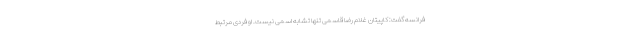
فرانسه گفت: کاپیتان غلام رضا قاسمی تنها تشابه اسمی نیست. او فردی مرتبط